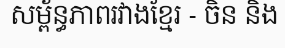
សម្ព័ន្ធភាពរវាងខ្មែរ - ចិន និង